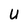
Character: U